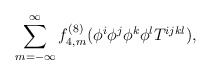
\begin{align*}\sum_{m= -\infty}^{\infty} f^{(8)}_{4,m} (\phi^i \phi^j \phi^k \phi^l T^{ijkl}) ,\end{align*}